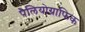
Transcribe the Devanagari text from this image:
पैलियोग्राफिक